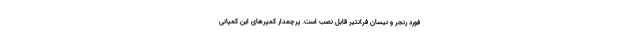
فورد رنجر و نیسان فرانتیر قابل نصب است. پرچمدار کمپرهای این کمپانی